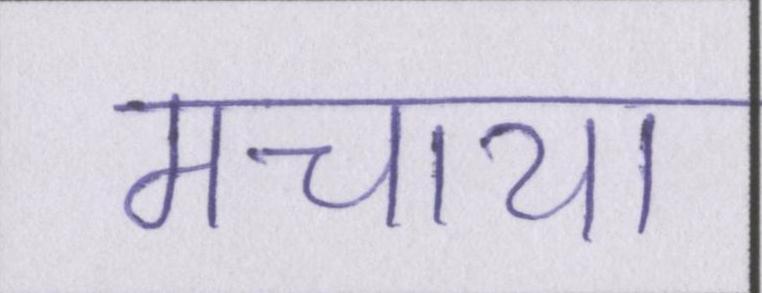
मचाया